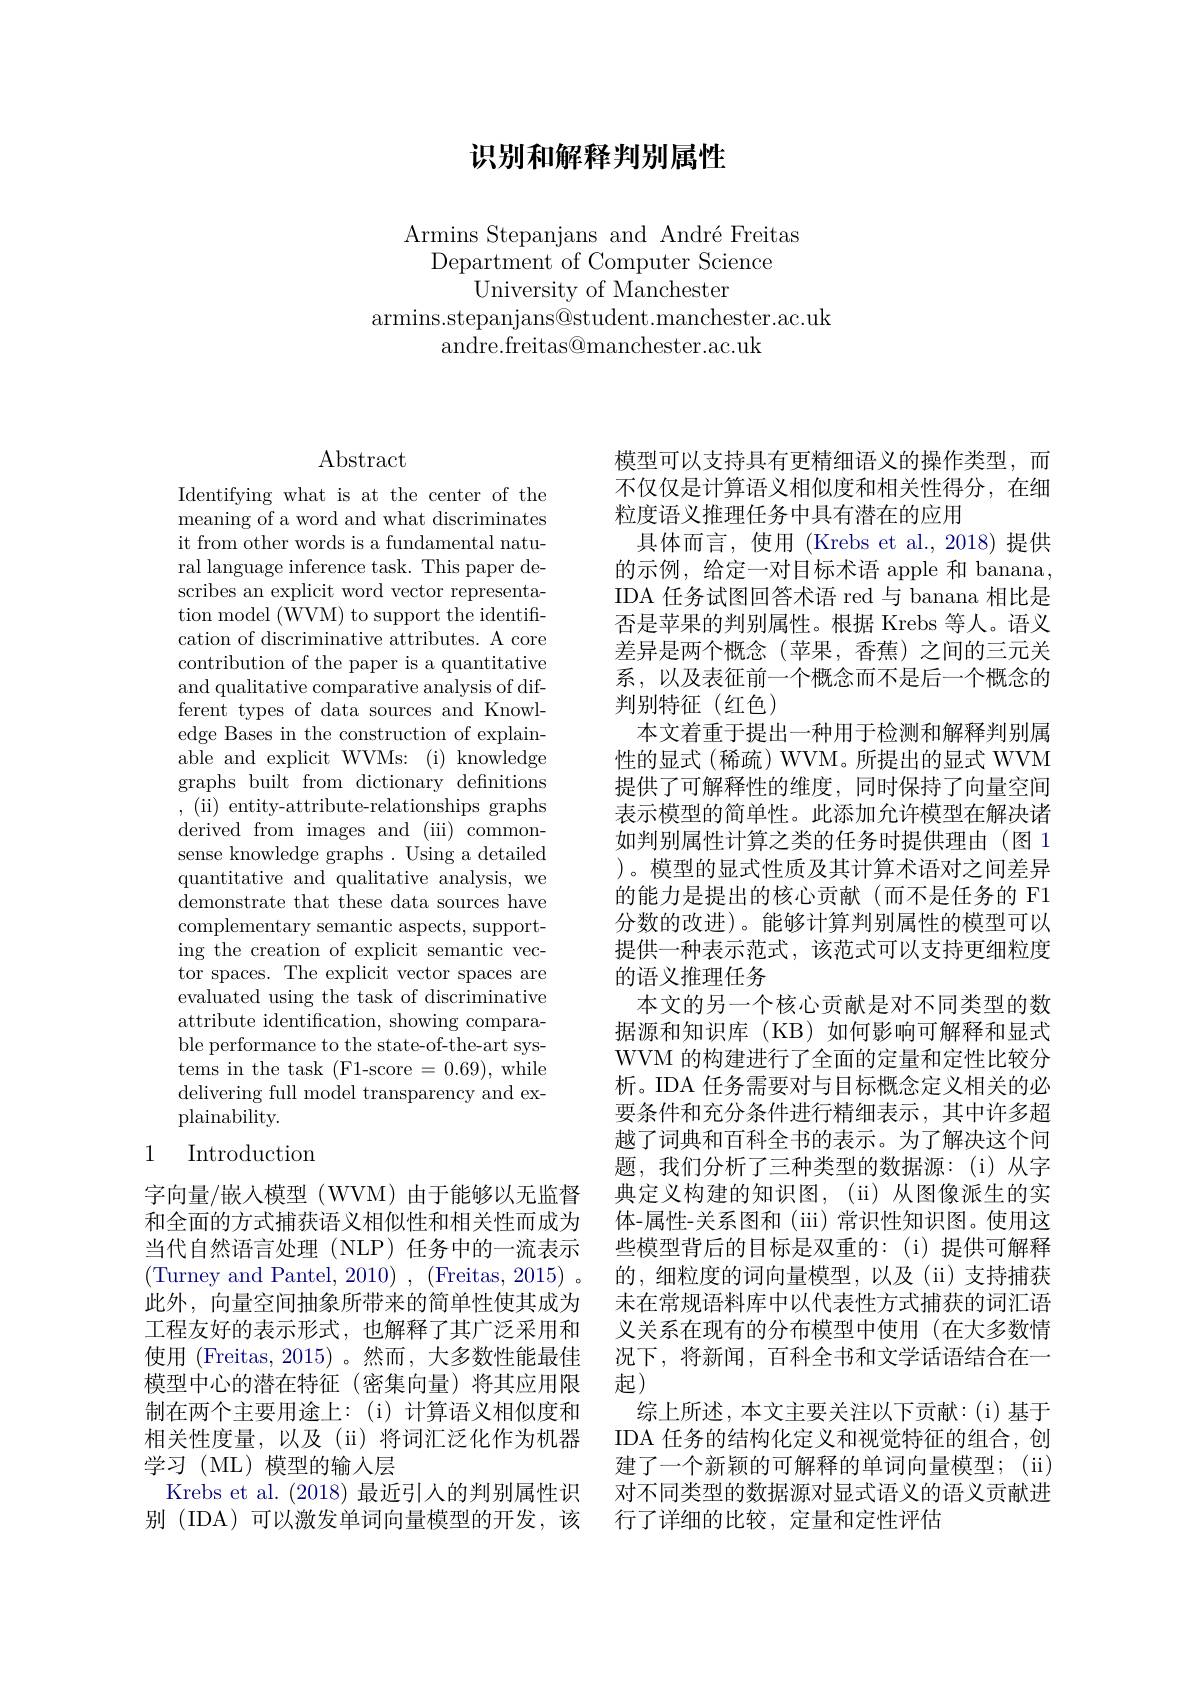
## 识别和解释判别属性

Armins Stepanjans and André Freitas
Department of Computer Science
University of Manchester
armins.stepanjans@student.manchester.ac.uk
andre.freitas@manchester.ac.uk

$\operatorname{Abstract}$

Identifying what is at the center of the meaning of a word and what discriminates it from other words is a fundamental natural language inference task. This paper describes an explicit word vector representation model (WVM) to support the identification of discriminative attributes. A core contribution of the paper is a quantitative and qualitative comparative analysis of different types of data sources and Knowledge Bases in the construction of explainable and explicit WVMs: (i) knowledge graphs built from dictionary definitions , ( ii) entity- attribute- relationships graphs derived from images and (iii) commonsense knowledge graphs . Using a detailed quantitative and qualitative analysis, we demonstrate that these data sources have complementary semantic aspects, supporting the creation of explicit semantic vector spaces. The explicit vector spaces are evaluated using the task of discriminative attribute identification, showing comparable performance to the state-of-the-art systems in the task (F1-score = 0.69), while delivering full model transparency and explainability.

## 1 Introduction

字向量/嵌入模型(WVM)由于能够以无监督和全面的方式捕获语义相似性和相关性而成为当代自然语言处理(NLP)任务中的一流表示(Turney and Pantel, 2010) , (Freitas, 2015) . 此外，向量空间抽象所带来的简单性使其成为工程友好的表示形式，也解释了其广泛采用和使用 (Freitas, 2015)。然而，大多数性能最佳模型中心的潜在特征(密集向量)将其应用限制在两个主要用途上：(i)计算语义相似度和相关性度量，以及(ii)将词汇泛化作为机器学习(ML)模型的输入层
Krebs et al. (2018) 最近引入的判别属性识别 (IDA)可以激发单词向量模型的开发，该

模型可以支持具有更精细语义的操作类型，而不仅仅是计算语义相似度和相关性得分，在细粒度语义推理任务中具有潜在的应用
具体而言，使用(Krebs et al.,2018)提供的示例，给定一对目标术语 apple 和 banana , IDA 任务试图回答术语 red 与 banana 相比是否是苹果的判别属性。根据 Krebs 等人。语义差异是两个概念(苹果，香蕉)之间的三元关系，以及表征前一个概念而不是后一个概念的判别特征(红色)
本文着重于提出一种用于检测和解释判别属性的显式(稀疏)WVM。所提出的显式 WVM 提供了可解释性的维度，同时保持了向量空间表示模型的简单性。此添加允许模型在解决诸如判别属性计算之类的任务时提供理由(图 1 )。模型的显式性质及其计算术语对之间差异的能力是提出的核心贡献(而不是任务的 F1分数的改进)。能够计算判别属性的模型可以提供一种表示范式，该范式可以支持更细粒度的语义推理任务
本文的另一个核心贡献是对不同类型的数据源和知识库(KB)如何影响可解释和显式WVM 的构建进行了全面的定量和定性比较分析。IDA 任务需要对与目标概念定义相关的必要条件和充分条件进行精细表示，其中许多超越了词典和百科全书的表示。为了解决这个问题，我们分析了三种类型的数据源：(i)从字典定义构建的知识图，(ii)从图像派生的实体-属性-关系图和 (iii) 常识性知识图。使用这些模型背后的目标是双重的：(i)提供可解释的，细粒度的词向量模型，以及(ii)支持捕获未在常规语料库中以代表性方式捕获的词汇语义关系在现有的分布模型中使用(在大多数情况下，将新闻，百科全书和文学话语结合在一起)
综上所述，本文主要关注以下贡献：(i)基于IDA 任务的结构化定义和视觉特征的组合，创建了一个新颖的可解释的单词向量模型；(ii) 对不同类型的数据源对显式语义的语义贡献进行了详细的比较，定量和定性评估